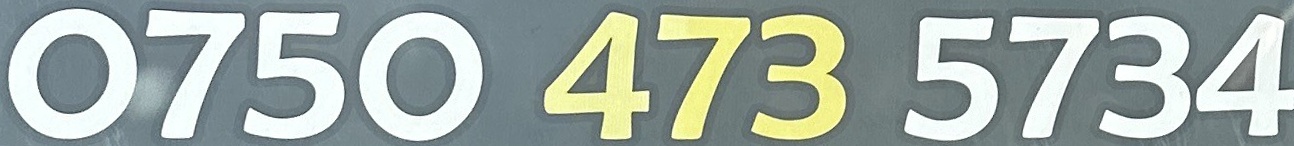
0750 473 5734